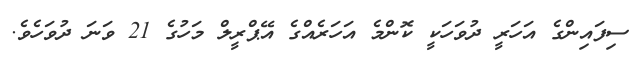
ސިފައިންގެ އަހަރީ ދުވަހަކީ ކޮންމެ އަހަރެއްގެ އޭޕްރީލް މަހުގެ 21 ވަނަ ދުވަހެވެ.